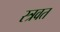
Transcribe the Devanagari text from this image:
स्त्रवत